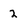
Character: 2